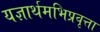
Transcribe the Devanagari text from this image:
यज्ञार्थमभिप्रवृत्ता